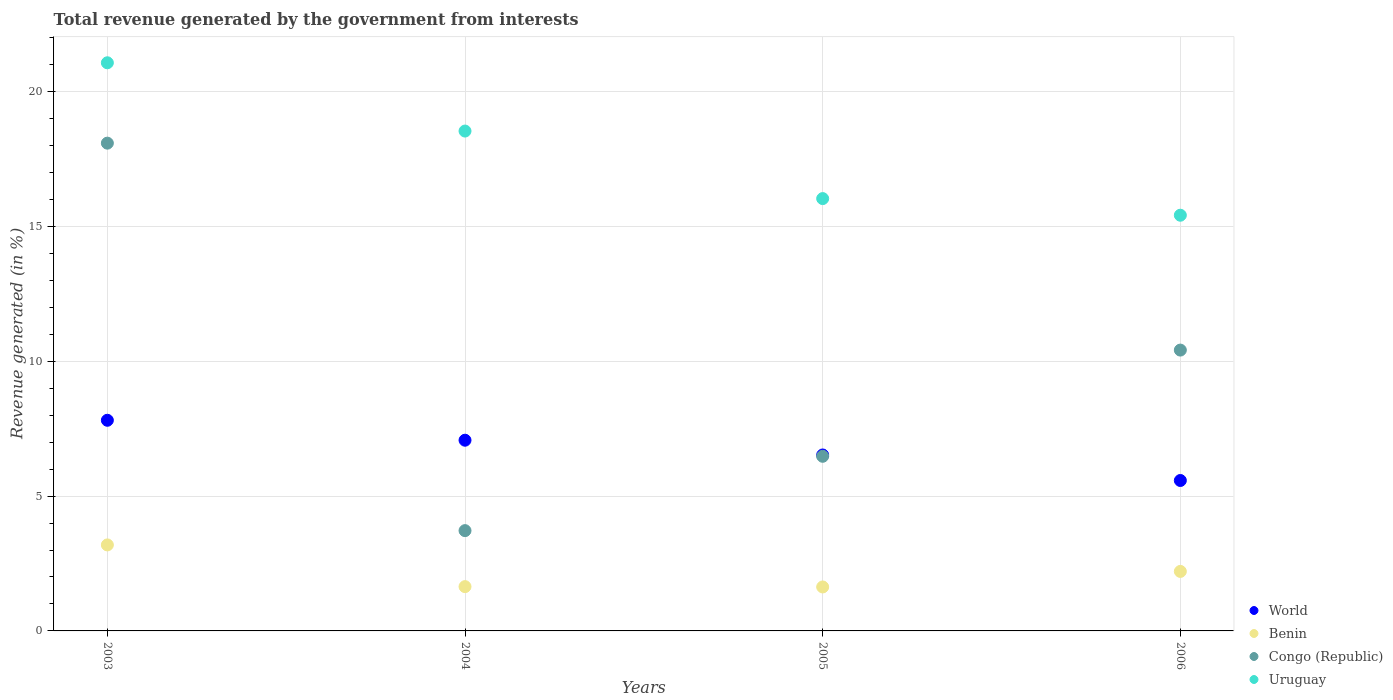
| Years | World | Benin | Congo (Republic) | Uruguay |
 | --- | --- | --- | --- | --- |
 | 2003 | 7.81 | 3.19 | 18.1 | 21.1 |
 | 2004 | 7.07 | 1.64 | 3.72 | 18.5 |
 | 2005 | 6.52 | 1.63 | 6.48 | 16 |
 | 2006 | 5.58 | 2.21 | 10.4 | 15.4 |